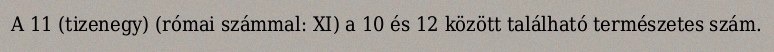
A 11 (tizenegy) (római számmal: XI) a 10 és 12 között található természetes szám.